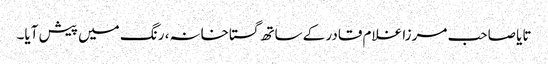
تایا صاحب مرزا غلام قادر کے ساتھ گستاخانہ، رنگ میں پیش آیا۔